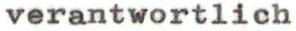
verantwortlich